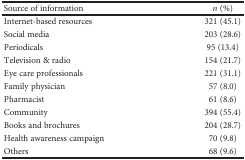
<table><thead><tr><td><b>Source of information</b></td><td><b><i>n</i> (%)</b></td></tr></thead><tbody><tr><td>Internet-based resources</td><td>321 (45.1)</td></tr><tr><td>Social media</td><td>203 (28.6)</td></tr><tr><td>Periodicals</td><td>95 (13.4)</td></tr><tr><td>Television &amp; radio</td><td>154 (21.7)</td></tr><tr><td>Eye care professionals</td><td>221 (31.1)</td></tr><tr><td>Family physician</td><td>57 (8.0)</td></tr><tr><td>Pharmacist</td><td>61 (8.6)</td></tr><tr><td>Community</td><td>394 (55.4)</td></tr><tr><td>Books and brochures</td><td>204 (28.7)</td></tr><tr><td>Health awareness campaign</td><td>70 (9.8)</td></tr><tr><td>Others</td><td>68 (9.6)</td></tr></tbody></table>